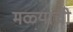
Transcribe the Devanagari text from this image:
मळ्यांची